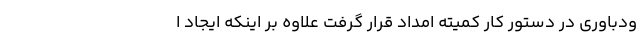
ودباوری در دستور کار کمیته امداد قرار گرفت علاوه بر اینکه ایجاد ا